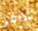
أدامز